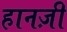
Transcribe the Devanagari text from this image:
हानज़ी